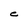
Character: e